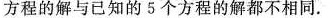
方程的解与已知的5个方程的解都不相同。